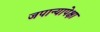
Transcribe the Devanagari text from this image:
जपान्यापेक्षा